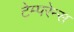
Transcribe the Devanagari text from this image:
टेम्परेन्स